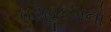
વટહૂકમનો